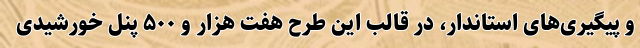
و پیگیری‌های استاندار، در قالب این طرح هفت هزار و ۵۰۰ پنل خورشیدی